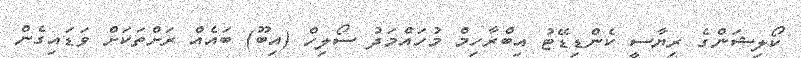
ކޯލިޝަންގެ ރިޔާސީ ކެންޑިޑޭޓު އިބްރާހިމް މުހައްމަދު ސޯލިހް (އިބޫ) ބައެއް ރަށްތަކަށް ވަޑައިގެން